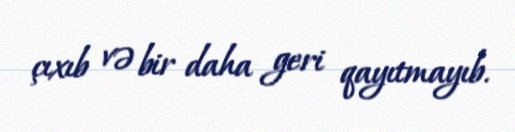
çıxıb və bir daha geri qayıtmayıb.